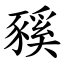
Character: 豯